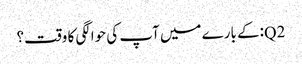
Q2:کے بارے میں آپ کی حوالگی کا وقت؟